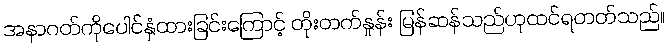
အနာဂတ်ကိုပေါင်နှံထားခြင်းကြောင့် တိုးတက်နှုန်း မြန်ဆန်သည်ဟုထင်ရတတ်သည်။